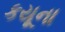
કયૂના